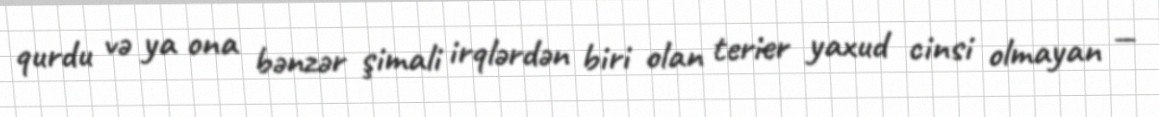
qurdu və ya ona bənzər şimali irqlərdən biri olan terier yaxud cinsi olmayan —